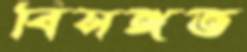
বিসঙ্গত